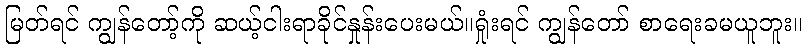
မြတ်ရင် ကျွန်တော့်ကို ဆယ့်ငါးရာခိုင်နှုန်းပေးမယ်။ရှုံးရင် ကျွန်တော် စာရေးခမယူဘူး။